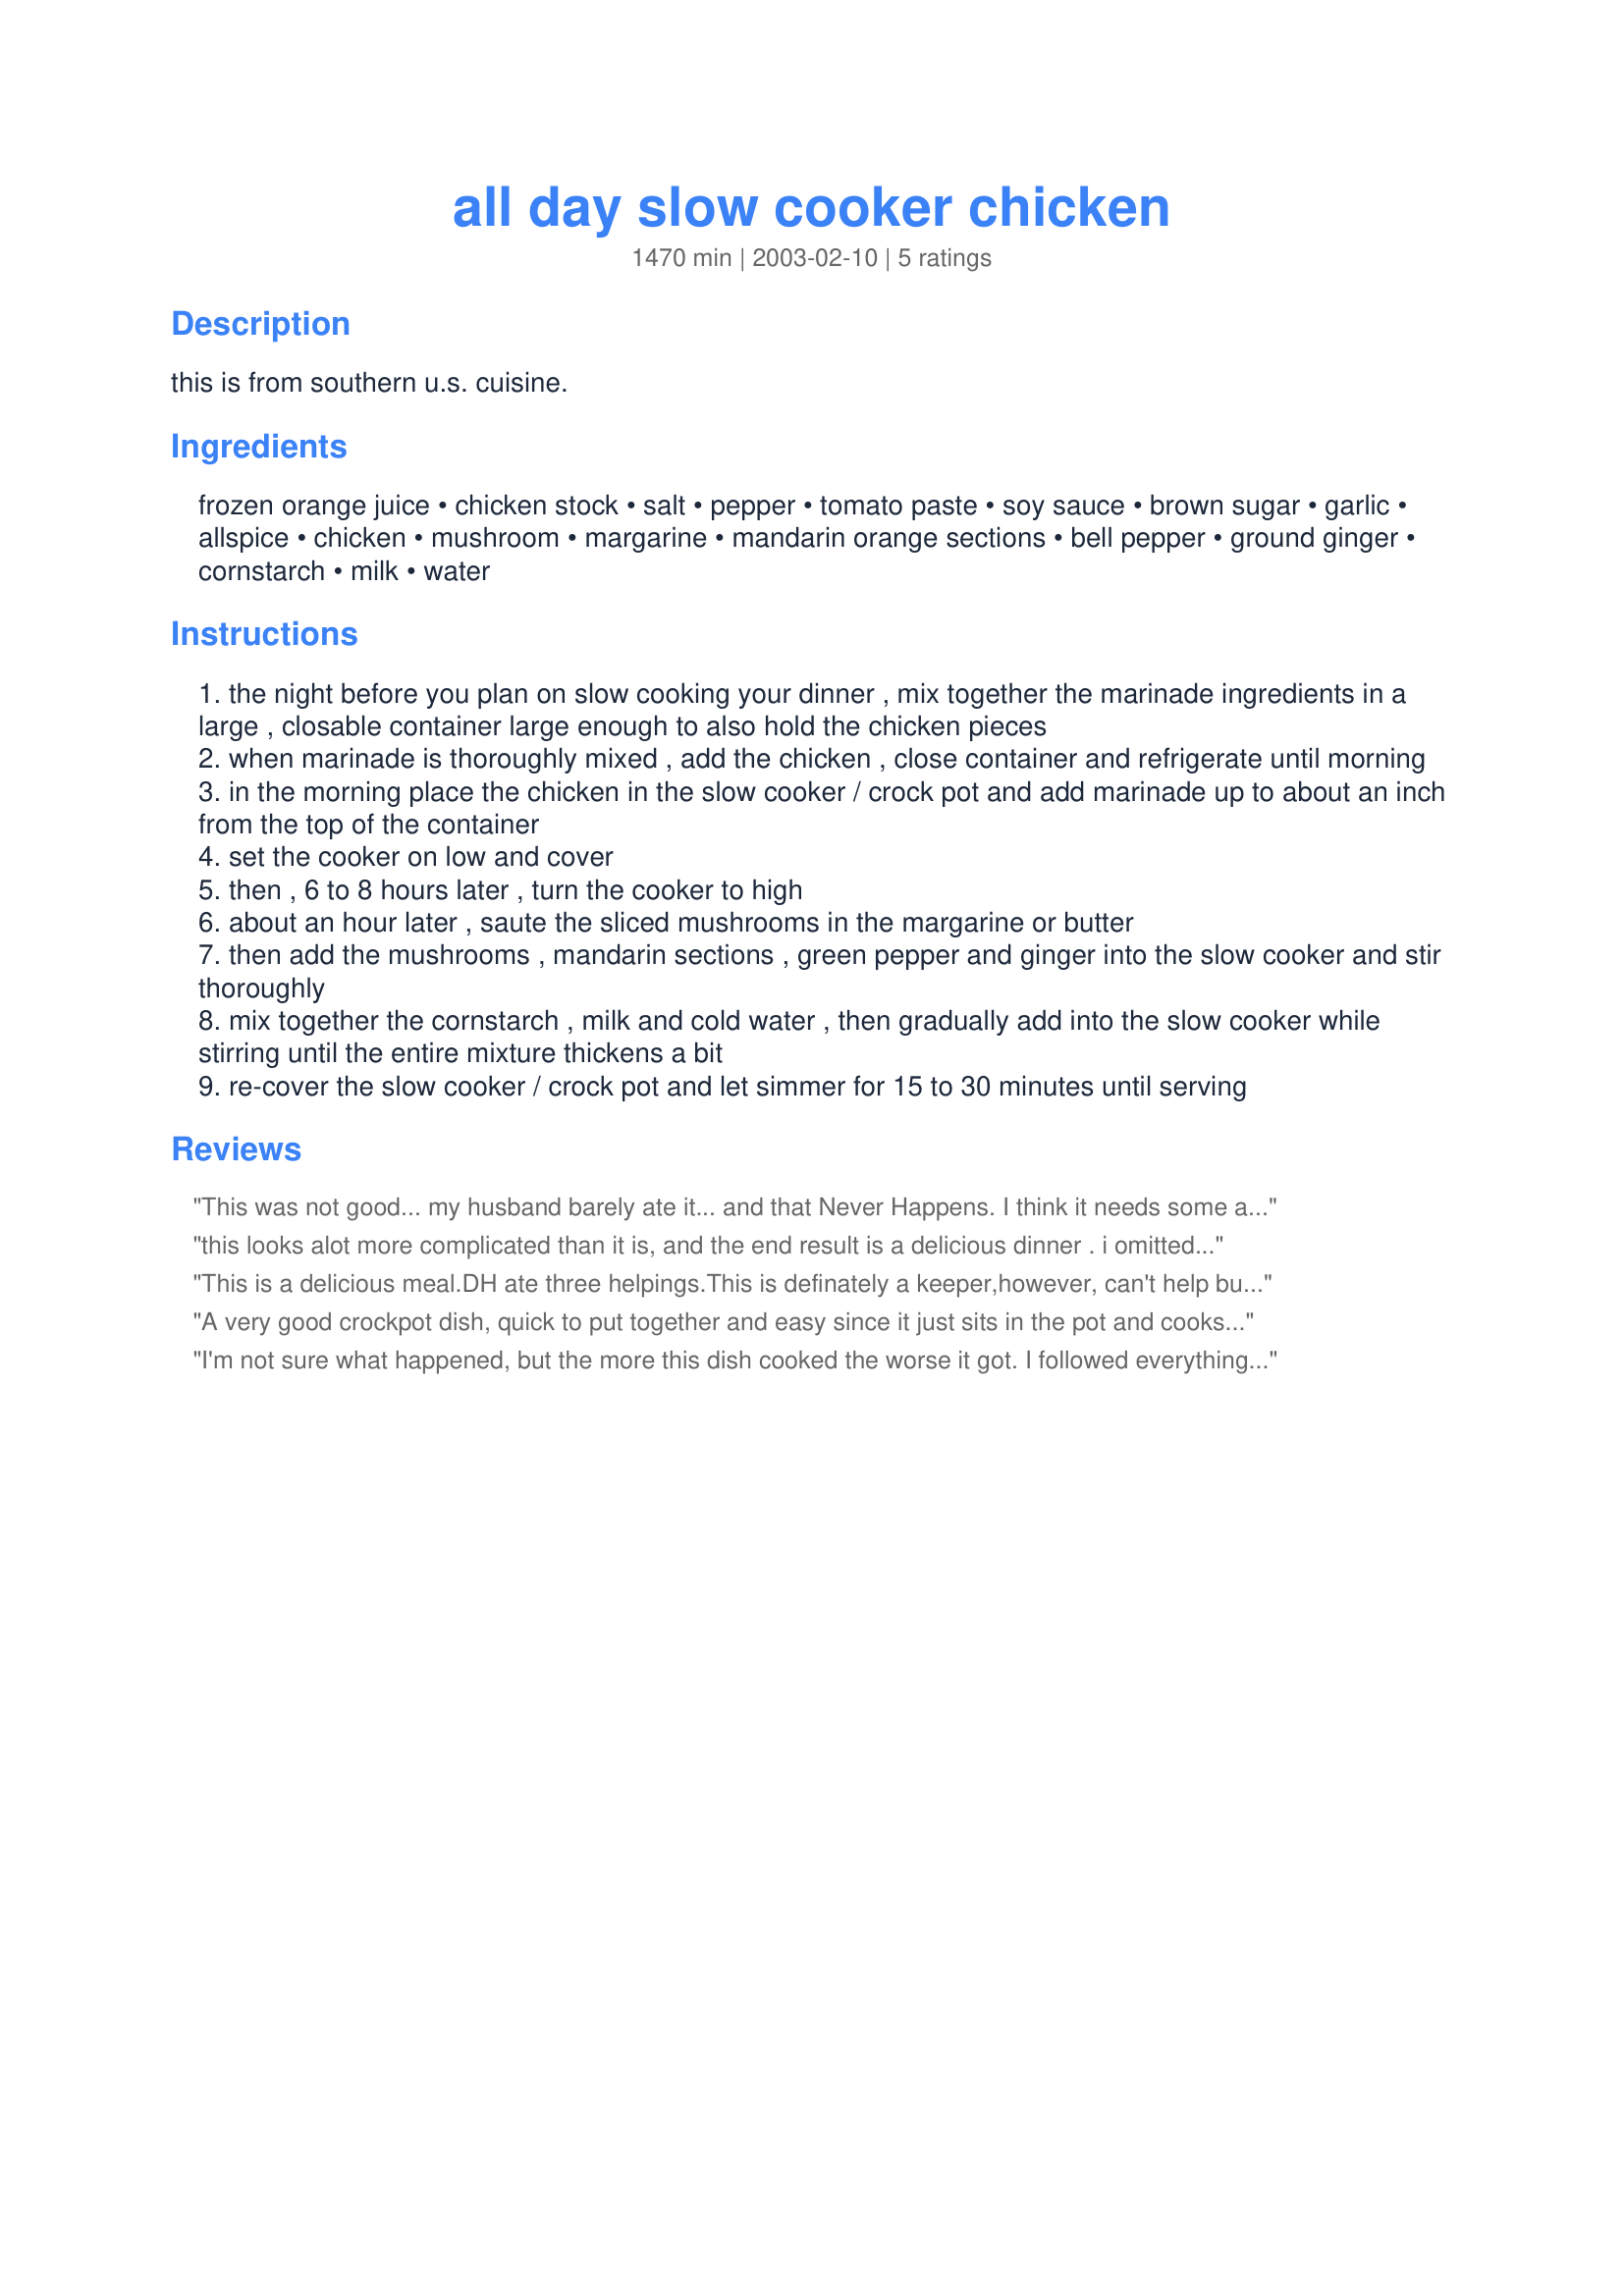
all day slow cooker chicken
Preparation time: 1470 minutes

this is from southern u.s. cuisine.

Ingredients:
frozen orange juice, chicken stock, salt, pepper, tomato paste, soy sauce, brown sugar, garlic, allspice, chicken, mushroom, margarine, mandarin orange sections, bell pepper, ground ginger, cornstarch, milk, water

Steps:
the night before you plan on slow cooking your dinner , mix together the marinade ingredients in a large , closable container large enough to also hold the chicken pieces
when marinade is thoroughly mixed , add the chicken , close container and refrigerate until morning
in the morning place the chicken in the slow cooker / crock pot and add marinade up to about an inch from the top of the container
set the cooker on low and cover
then , 6 to 8 hours later , turn the cooker to high
about an hour later , saute the sliced mushrooms in the margarine or butter
then add the mushrooms , mandarin sections , green pepper and ginger into the slow cooker and stir thoroughly
mix together the cornstarch , milk and cold water , then gradually add into the slow cooker while stirring until the entire mixture thickens a bit
re-cover the slow cooker / crock pot and let simmer for 15 to 30 minutes until serving

Reviews:
This was not good... my husband barely ate it... and that Never Happens. I think it needs some acid to brighten it up, it is terribly bland as is.
this looks alot more complicated than it is, and the end result is a delicious dinner . i omitted the canned oranges and pepper, for the kids, but otherwise followed the recipe. great dinner to come home to
This is a delicious meal.DH ate three helpings.This is definately a keeper,however, can't help but wonder how it would taste with peaches instead of oranges.I may try that next time just out of curiosity. My family thanks you,Rita.
A very good crockpot dish, quick to put together and easy since it just sits in the pot and cooks. Very flavorful, we served it with Green Beans Ceasar.
I'm not sure what happened, but the more this dish cooked the worse it got. I followed everything to a tee, but did not turn out well. Sorry.
